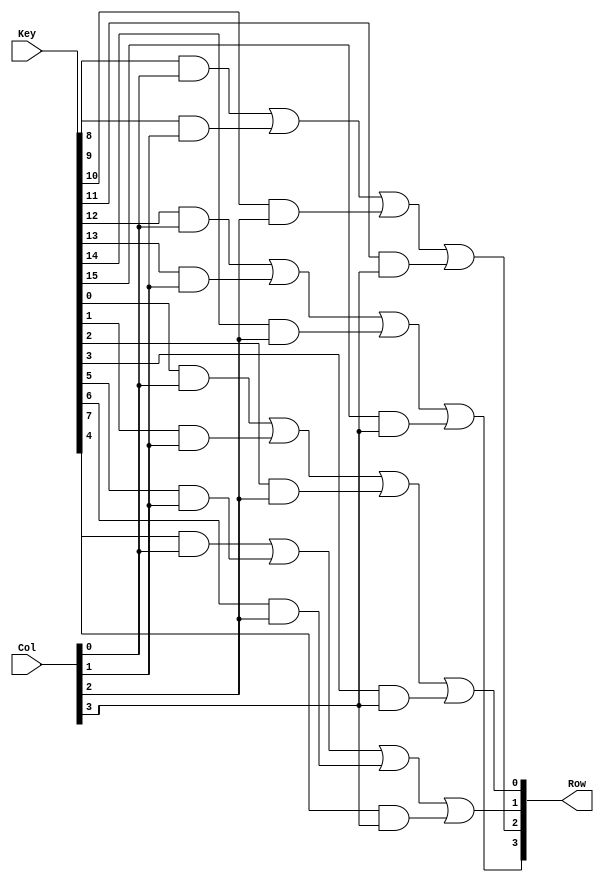
module Row_Signal(
    input [15:0] Key,
    input [3:0] Col,
    output reg [3:0] Row
);

always @(Key or Col) begin
    Row[0] = Key[0]&&Col[0]|| Key[1]&&Col[1]|| Key[2]&&Col[2]|| Key[3]&&Col[3];
    Row[1] = Key[4]&&Col[0]|| Key[5]&&Col[1]|| Key[6]&&Col[2]|| Key[7]&&Col[3];
    Row[2] = Key[8]&&Col[0]|| Key[9]&&Col[1]|| Key[10]&&Col[2]|| Key[11]&&Col[3];
    Row[3 ] = Key[12]&&Col[0]|| Key[13]&&Col[1]|| Key[14]&&Col[2]|| Key[15]&&Col[3];
end    
endmodule